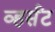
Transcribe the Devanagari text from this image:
व्हर्संट